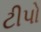
ટીપો